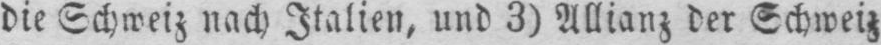
die Schweiz nach Italien, und 3) Allianz der Schweiz